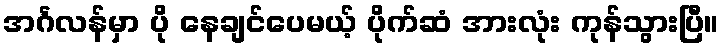
အင်္ဂလန်မှာ ပို နေချင်ပေမယ့် ပိုက်ဆံ အားလုံး ကုန်သွားပြီ။